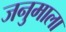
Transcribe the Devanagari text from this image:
जनुमाला